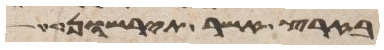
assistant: בארץ אשר תירשון